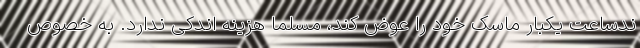
ندساعت یکبار ماسک خود را عوض کند، مسلما هزینه اندکی ندارد. به خصوص